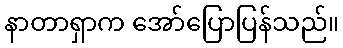
နာတာရှာက အော်ပြောပြန်သည်။